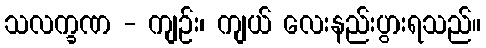
သလက္ခဏ - ကျဉ်း၊ ကျယ် လေးနည်းပွားရသည်။